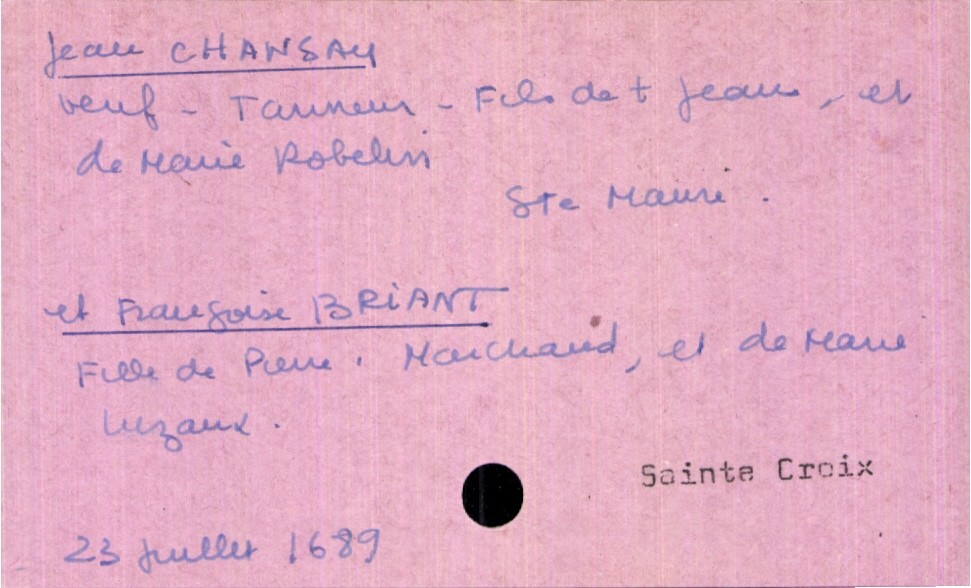
type_acte: Mariage
année: 1689
mois: juillet
jour: 23
paroisse: Sainte Croix
marié_nom: Chansay
marié_prénom: Jean
marié_profession: tanneur
marié_lieu_de_naissance: Sainte Mauri
marié_statut: veuf
père_marié_nom: Chansay
père_marié_prénom: Jean
père_marié_statut: décédé
mère_marié_nom: Robelin
mère_marié_prénom: Marie
mariée_nom: Briant
mariée_prénom: Françoise
père_mariée_nom: Briant
père_mariée_prénom: Pierre
père_mariée_profession: marchand
mère_mariée_nom: Luzaux
mère_mariée_prénom: Marie